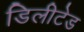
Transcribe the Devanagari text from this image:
डिलीटेड